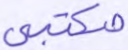
مكتبي